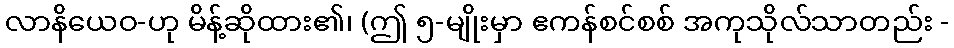
လာနိယေဝ-ဟု မိန့်ဆိုထား၏၊ (ဤ ၅-မျိုးမှာ ဧကန်စင်စစ် အကုသိုလ်သာတည်း -